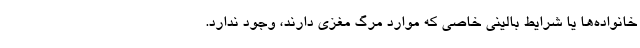
خانواده‌ها یا شرایط بالینی خاصی که موارد مرگ مغزی دارند، ‌وجود ندارد.